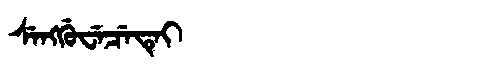
Manchu: ᠰᡝᠩᡤᡠᠸᡝᠴᡝᡨᡝᡳ
Romanization: SENGGUWECETEI